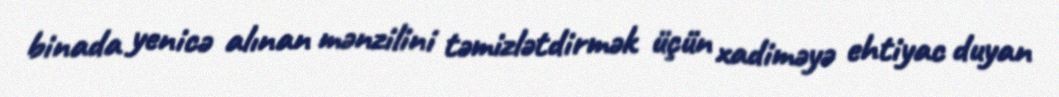
binada yenicə alınan mənzilini təmizlətdirmək üçün xadiməyə ehtiyac duyan